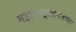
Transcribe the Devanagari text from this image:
महाराष्ट्रालगतच्या